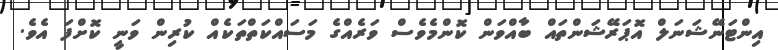
އިންޓަނޭޝަނަލް އޮޕަރޭޝަންތައް ބާއްވަން ކޮންމެވެސް ވަރެއްގެ މަސައްކަތްތަކެއް ކުރިން ވަނީ ކޮށްފަ އެވެ.